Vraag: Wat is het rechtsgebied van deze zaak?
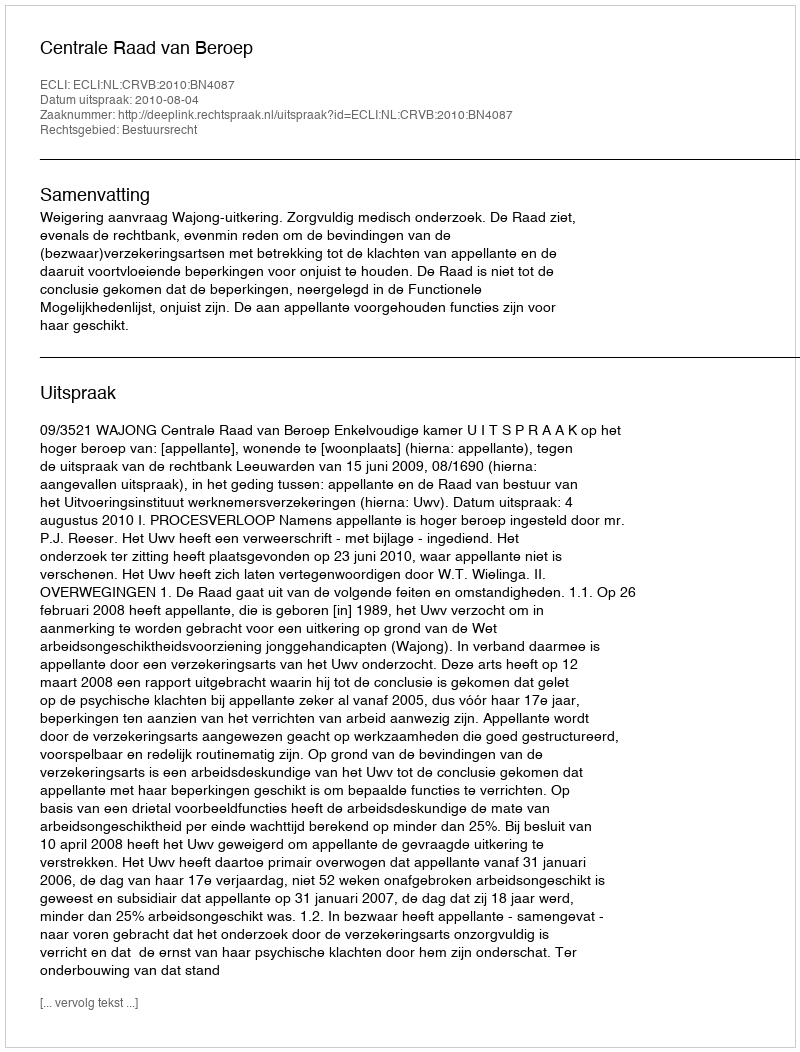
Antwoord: Bestuursrecht